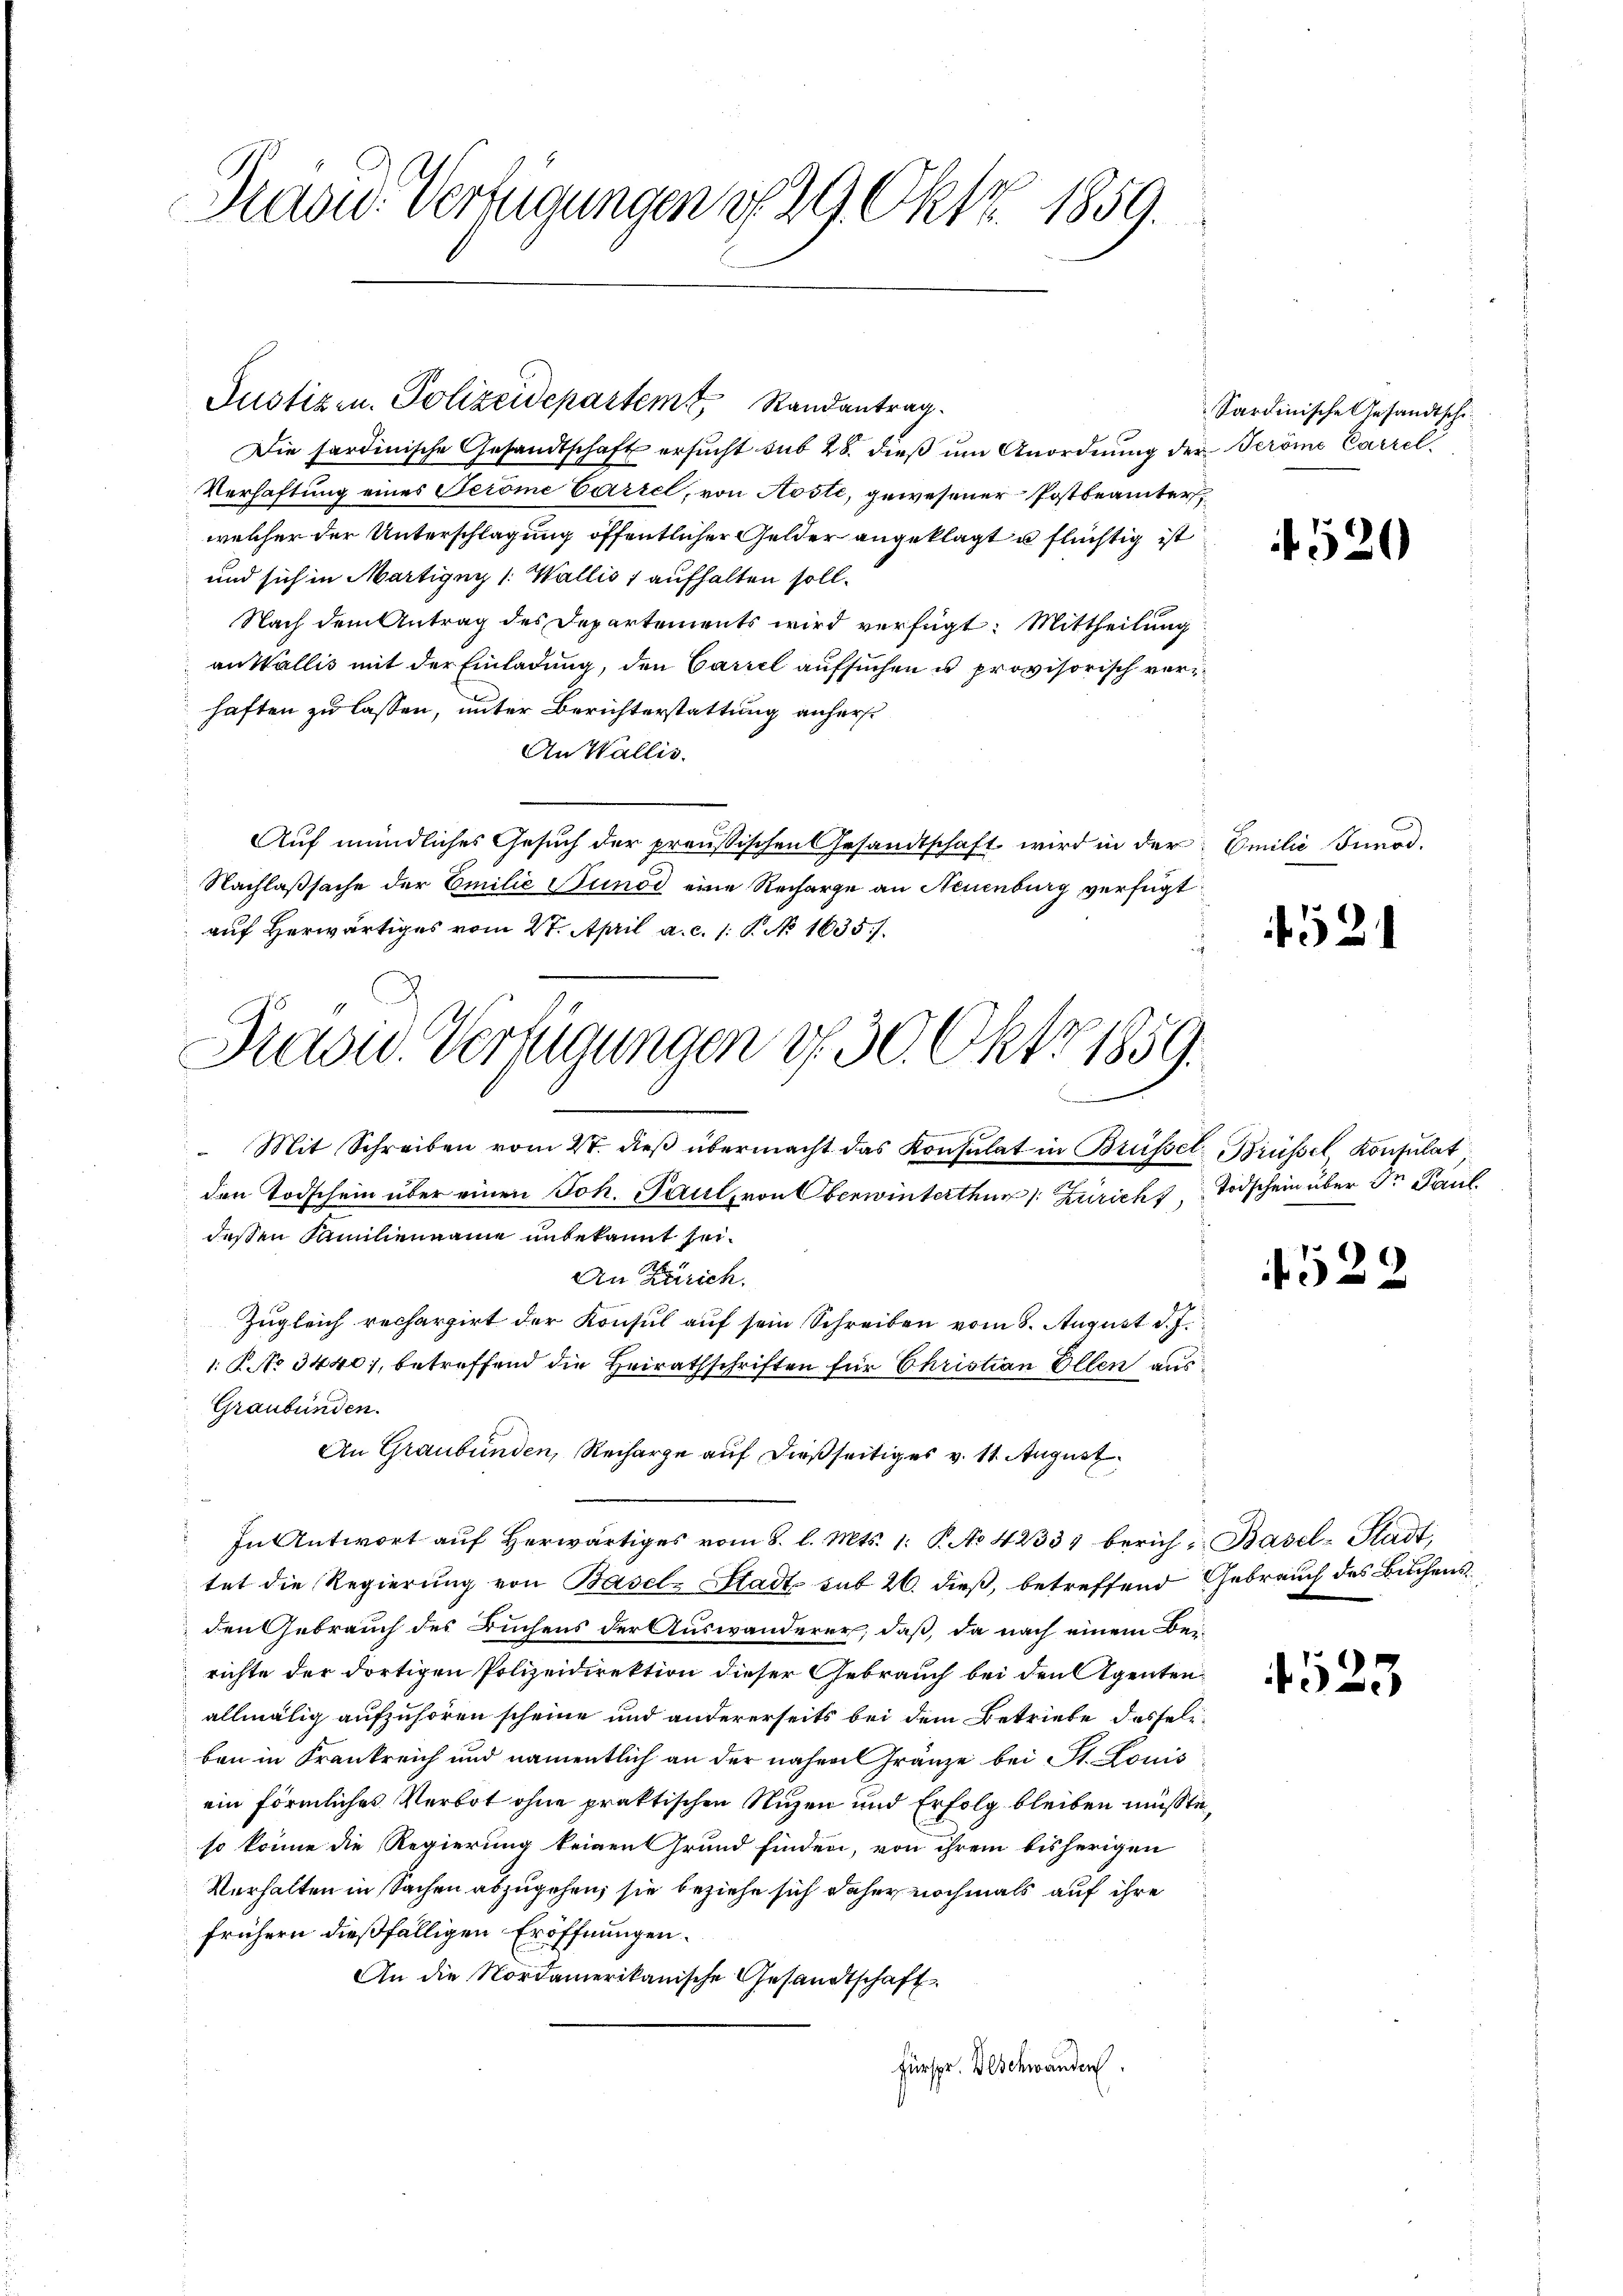
Pasu- Verfügungen d. 29. Okt. 1859.

Die sardinische Gesandtschaft ersucht sub 28. dieß um Anordnung der Ströme Correl
Verhaftung eines Serome Cartel, von Aoste, gewesener Postbeamter
welcher der Unterschlagung öffentlicher Gelder angeklagt u flüchtig ist
und sich in Martigny 1: Wallis 1 aufhalten soll.
Nach dem Antrag des Departements wird verfügt: Mittheilung
an Wallis mit der Einladung, den Carzel aufsuchen u. provisorisch vorhaften zu lassen, unter Berichterstattung anherst
An Wallis.
Auf mündliches Gesuch der preussischen Gesandtschaft, wird in der Emilie Innod.
Nachlaßsache der Emilie Bunde eine Recharge an Neuenburg verfügt:
 auf herwärtiges vom 27. April a. c. 1. P. No. 1635./.
x
 Mit Schreiben vom 27. dieβ übermacht das Konsulat in Brüsset Brüssel, Konsulat
den Todschein über einen Joh. Paul, von Oberwinterthur /: Zürich Todschein über der Paul
dessen Familienname unbekannt sei.
An Zürich.
Zugleich rechargirt der Konsul auf sein Schreiben vom 8. August d. J.
1 No 3440, betreffend die Heirathschriften für Christian Ellen aus
Graubünden.
An Graubünden, Recharge auf dießseitiges v. 11. August.
.
In Antwort auf herwärtiges vom 8. l. Mts. 1. P. No 42334 berich, Basel-Stadt,
tet die Regierung von Basel-Stadt sub 26. dieß, betreffend Gebrauch des Buchensden Gebrauch des Buchens der Auswanderer, daß, da nach einem Beirichte der dortigen Polizeidirektion dieser Gebrauch bei den Agentenallmälig aufzuhören scheine und andererseits bei dem Betriebe, dasseliben in Frankreich und namentlich an der näher Fränze bei St. Louis
ein förmliches Verbot ohne praktischen Nuzen und Erfolg bleiben müßte
so könne die Regierung keinen Grund finden, von ihrem bisherigen
Verhalten in Sachen abzugehen, sie beziehe sich daher nochmals auf ihre
frühern dießfälligen Eröffnungen.
An die Nordamerikanische Gesandtschaft
Fürspr. Beschwanden

Justizen. Polizeidepartem Randantrag

Präsid. Verfügungen v. 30. Okt 1859.

Sardinische Gesandtschi¬

520

21

4529

523